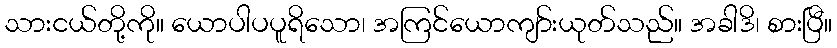
သားငယ်တို့ကို။ ယောပါပပူရိသော၊ အကြင်ယောကျာ်းယုတ်သည်။ အခါဒိ၊ စားပြီ။